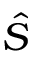
\hat { S }